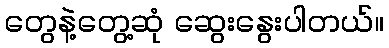
တွေနဲ့တွေ့ဆုံ ဆွေးနွေးပါတယ်။